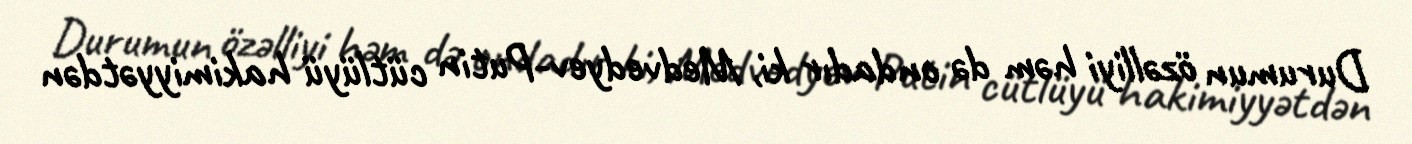
Durumun özəlliyi həm də ondadır ki, Medvedyev-Putin cütlüyü hakimiyyətdən